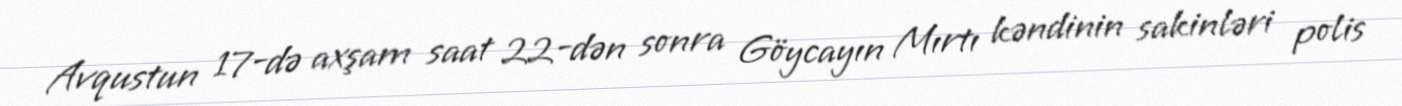
Avqustun 17-də axşam saat 22-dən sonra Göycayın Mırtı kəndinin sakinləri polis